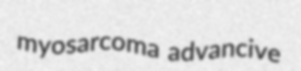
myosarcoma advancive